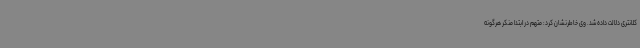
کلانتری دلالت داده شد. وی خاطرنشان کرد: متهم در ابتدا منکر هرگونه